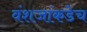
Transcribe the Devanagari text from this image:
वंशजांकडेच